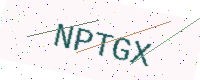
Text: NPTGX